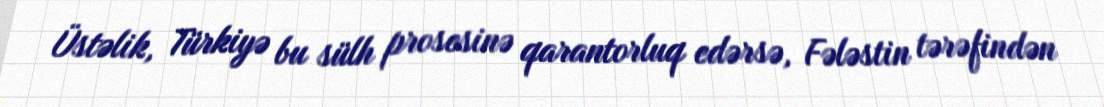
Üstəlik, Türkiyə bu sülh prosesinə qarantorluq edərsə, Fələstin tərəfindən